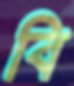
বি